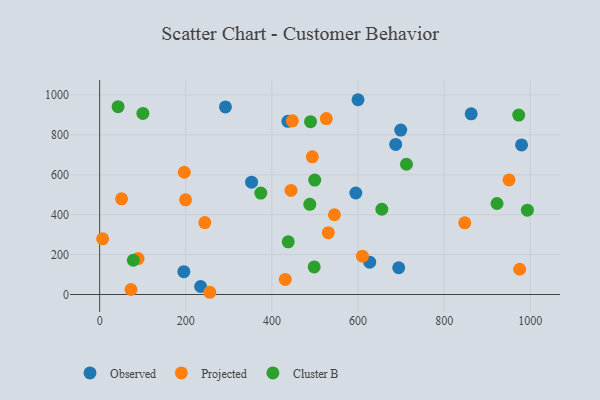
{"axis": {"x": "Ad Spend", "y": "Sales"}, "legend": ["Cluster B", "Observed", "Projected"], "data": [{"x": "627.1", "y": 162.0, "type": "Observed"}, {"x": "979.8", "y": 749.7, "type": "Observed"}, {"x": "195.5", "y": 114.2, "type": "Observed"}, {"x": "694.5", "y": 134.0, "type": "Observed"}, {"x": "862.8", "y": 905.4, "type": "Observed"}, {"x": "594.9", "y": 508.6, "type": "Observed"}, {"x": "352.8", "y": 563.1, "type": "Observed"}, {"x": "600.0", "y": 976.1, "type": "Observed"}, {"x": "699.2", "y": 824.2, "type": "Observed"}, {"x": "292.1", "y": 940.0, "type": "Observed"}, {"x": "234.5", "y": 40.1, "type": "Observed"}, {"x": "437.1", "y": 867.8, "type": "Observed"}, {"x": "687.5", "y": 752.3, "type": "Observed"}, {"x": "199.5", "y": 474.6, "type": "Projected"}, {"x": "610.2", "y": 192.1, "type": "Projected"}, {"x": "244.2", "y": 360.7, "type": "Projected"}, {"x": "545.2", "y": 399.6, "type": "Projected"}, {"x": "847.9", "y": 359.4, "type": "Projected"}, {"x": "526.4", "y": 881.6, "type": "Projected"}, {"x": "975.4", "y": 126.5, "type": "Projected"}, {"x": "950.7", "y": 574.3, "type": "Projected"}, {"x": "196.5", "y": 612.6, "type": "Projected"}, {"x": "255.8", "y": 11.2, "type": "Projected"}, {"x": "493.9", "y": 690.0, "type": "Projected"}, {"x": "6.9", "y": 278.9, "type": "Projected"}, {"x": "531.0", "y": 310.1, "type": "Projected"}, {"x": "444.4", "y": 521.4, "type": "Projected"}, {"x": "447.5", "y": 870.4, "type": "Projected"}, {"x": "89.2", "y": 179.9, "type": "Projected"}, {"x": "431.1", "y": 75.4, "type": "Projected"}, {"x": "72.8", "y": 25.2, "type": "Projected"}, {"x": "50.9", "y": 479.7, "type": "Projected"}, {"x": "488.0", "y": 451.8, "type": "Cluster B"}, {"x": "78.2", "y": 171.6, "type": "Cluster B"}, {"x": "498.2", "y": 138.4, "type": "Cluster B"}, {"x": "437.9", "y": 263.8, "type": "Cluster B"}, {"x": "922.8", "y": 456.1, "type": "Cluster B"}, {"x": "973.2", "y": 899.2, "type": "Cluster B"}, {"x": "712.5", "y": 652.8, "type": "Cluster B"}, {"x": "489.7", "y": 865.9, "type": "Cluster B"}, {"x": "993.3", "y": 422.5, "type": "Cluster B"}, {"x": "655.3", "y": 427.3, "type": "Cluster B"}, {"x": "100.4", "y": 907.4, "type": "Cluster B"}, {"x": "499.5", "y": 573.5, "type": "Cluster B"}, {"x": "374.2", "y": 508.1, "type": "Cluster B"}, {"x": "42.8", "y": 941.2, "type": "Cluster B"}]}